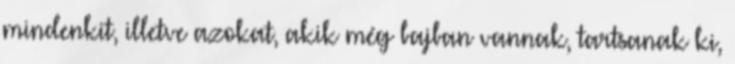
mindenkit, illetve azokat, akik még bajban vannak, tartsanak ki,